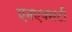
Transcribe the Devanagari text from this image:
एनएक्सटी